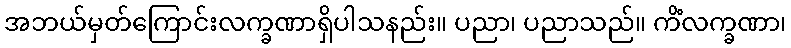
အဘယ်မှတ်ကြောင်းလက္ခဏာရှိပါသနည်း။ ပညာ၊ ပညာသည်။ ကိံလက္ခဏာ၊